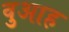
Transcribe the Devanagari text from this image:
वुआह